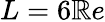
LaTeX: L=6\mathbb{R}e